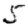
Digit: 5